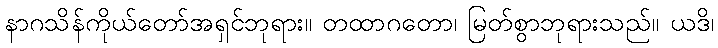
နာဂသိန်ကိုယ်တော်အရှင်ဘုရား။ တထာဂတော၊ မြတ်စွာဘုရားသည်။ ယဒိ၊